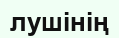
лушінің